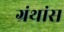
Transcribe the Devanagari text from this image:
ग्रंथांस